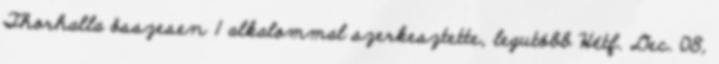
Thorhalla összesen 1 alkalommal szerkesztette, legutóbb Hétf. Dec. 08,